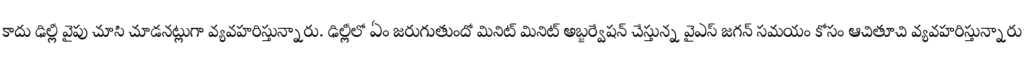
కాదు ఢిల్లీ వైపు చూసి చూడనట్లుగా వ్యవహరిస్తున్నారు. ఢిల్లీలో ఏం జరుగుతుందో మినిట్ మినిట్ అబ్జర్వేషన్ చేస్తున్న వైఎస్ జగన్ సమయం కోసం ఆచితూచి వ్యవహరిస్తున్నారు